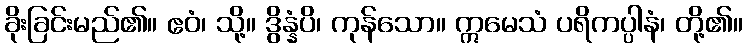
ခိုးခြင်းမည်၏။ ဧဝံ၊ သို့။ ဒွိန္နံပိ၊ ကုန်သော။ ဣမေသံ ပရိကပ္ပါနံ၊ တို့၏။